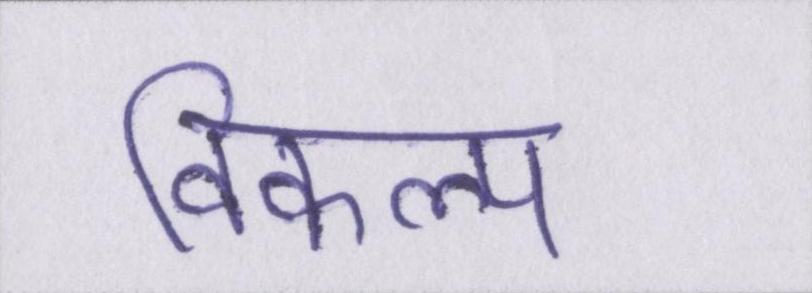
विकल्प